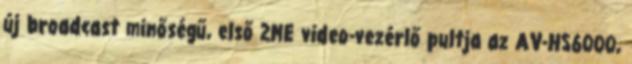
új broadcast minőségű, első 2ME video-vezérlő pultja az AV-HS6000,